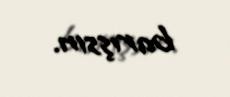
barışsın.